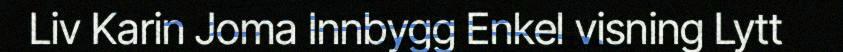
Liv Karin Joma Innbygg Enkel visning Lytt